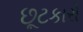
છૂટકારો